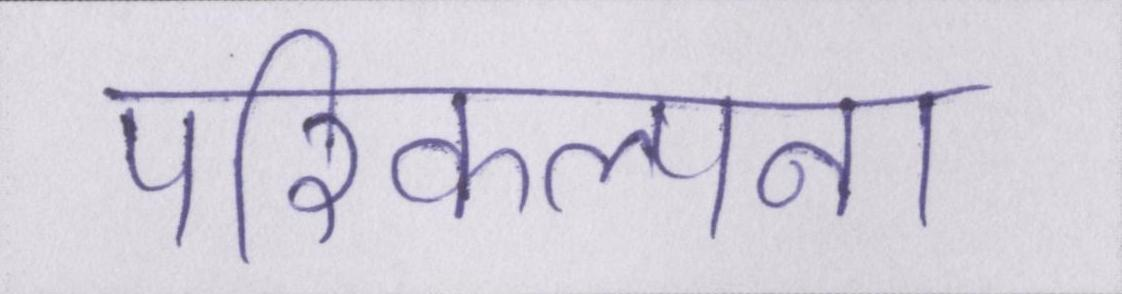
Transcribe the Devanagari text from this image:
परिकल्पना